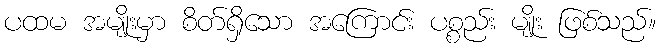
ပထမ အမျိုးမှာ စိတ်ရှိသော အကြောင်း ပစ္စည်း မျိုး ဖြစ်သည်။